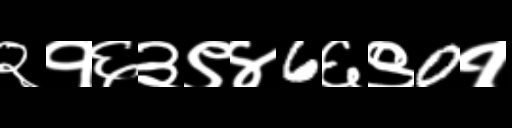
Text: २१६३९४6६९0१